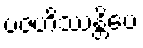
ပဇဟိဿန္တိပေ